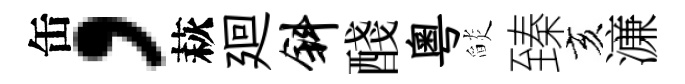
缶，萩廻斜醆粵𦦨臻亥濓